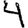
Digit: 4